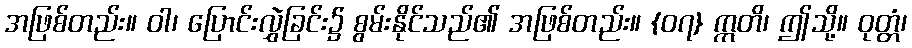
အဖြစ်တည်း။ ဝါ၊ ပြောင်းလွှဲခြင်း၌ စွမ်းနိုင်သည်၏ အဖြစ်တည်း။ {၀၇} ဣတိ၊ ဤသို့။ ဝုတ္တံ၊